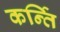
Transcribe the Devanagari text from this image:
कर्न्ति